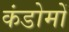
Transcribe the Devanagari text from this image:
कंडोमों